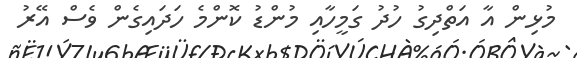
މުޅިން އާ އަތްދިގު ހުދު ގަމީހާއި މުންޑު ކޮންމެ ހަދައިގެން ވެސް އޭރު